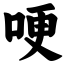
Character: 哽